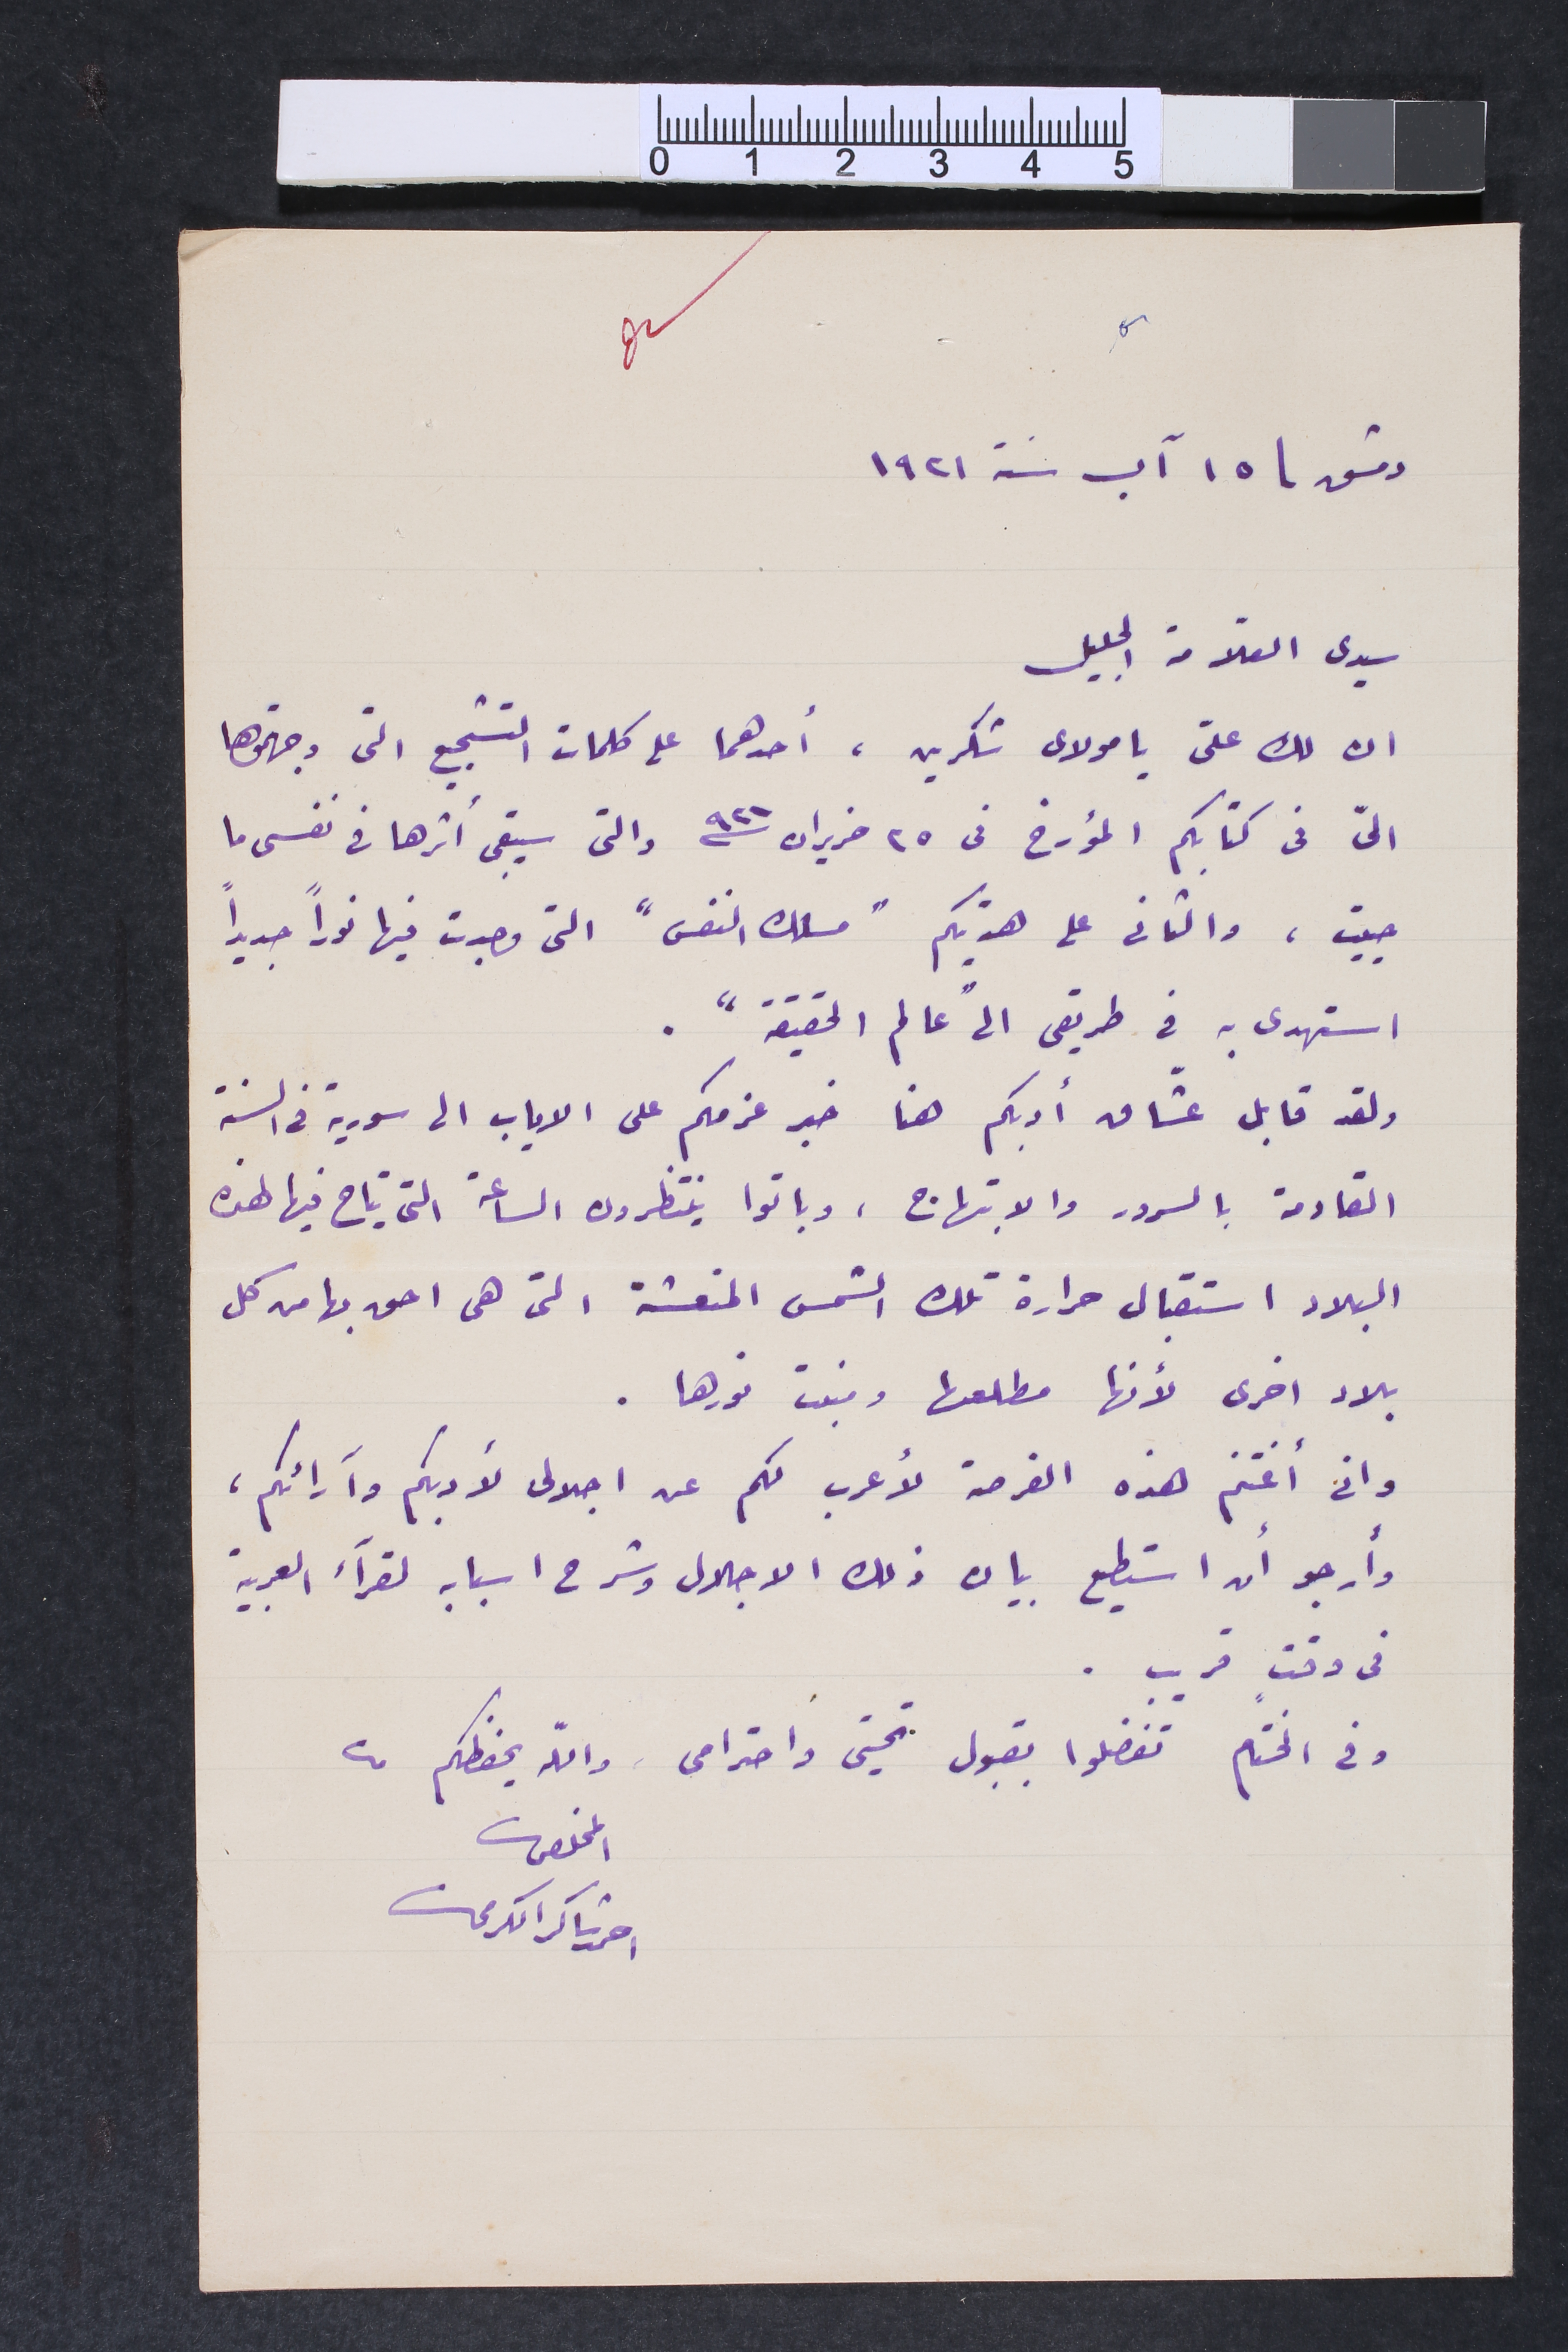
دمشق 15 آب سنة 1921
سيدي العلّامة الجليل
ان لك علىّ يا مولاي شكرين، أحدهما على كلمات التشجيع التى وجهتموها
الىّ فى كتابكم المؤرخ فى 25 حزيران سنة 921 والتى سيبقى أثرها في نفسى ما
حييت، والثاني على هدِيتكم "مسلك النفس" التى وجدت فيها نوراً جديداً
استهدى به في طريقى الى عالم الحقيقة".
ولقد قابل عشّاق أدبكم هنا خبر عزمكم على الاياب الى سورية في السنة
القادمة بالسرور والابتهاج، وباتوا ينتظرون الساعة التى يتاح فيها لهذه
البلاد استقبال حرارة تلك الشمس المنعشة التى هى احق بها من كل
بلاد اخرى لأنها مطلعها ومنبت نورها.
وانى أغتنم هذه الفرصة لأعرب لكم عن اجلالى لأدبكم وآرائكم،
وأرجو أن استطيع بيان ذلك الاجلال وشرح اسبابه لقرآء العربية
فى وقت قريب.
وفى الختام تفضلوا بقبول تحيتى واحترامى والله يحفظكم من
المخلص
احمد شاكر الكريحات